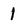
Character: 1